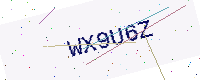
Text: WX9U6Z